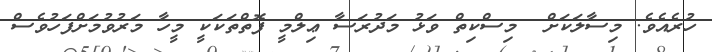
ހުރެއެވެ. މިސާލަކަށް  މިސްކިތް ވަޅު މަދުރަސާ ޢިލްމީ ފޮތްތަކަކީ މީހާ މަރުވުމަށްފަހުވެސް